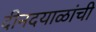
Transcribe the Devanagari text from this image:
दीनदयाळांची